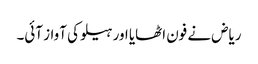
ریاض نے فون اٹھایا اور ہیلو کی آواز آئی۔